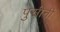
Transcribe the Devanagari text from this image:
पुसीनी